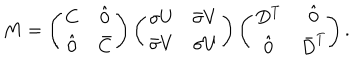
{ M } = \left( \begin{array} { c c } { { C } } & { { \hat { 0 } } } \\ { { \hat { 0 } } } & { { \bar { C } } } \\ \end{array} \right) \left( \begin{array} { c c } { { \sigma U } } & { { \bar { \sigma } V } } \\ { { \bar { \sigma } V } } & { { \sigma U } } \\ \end{array} \right) \left( \begin{array} { c c } { { D ^ { T } } } & { { \hat { 0 } } } \\ { { \hat { 0 } } } & { { \bar { D } ^ { T } } } \\ \end{array} \! \right) .